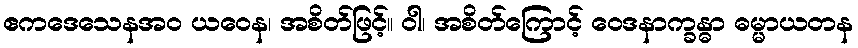
ဧကဒေသေနအဝ ယဝေန၊ အစိတ်ဖြင့်။ ဝါ၊ အစိတ်ကြောင့် ဝေဒနာက္ခန္ဓာ ဓမ္မာယတန